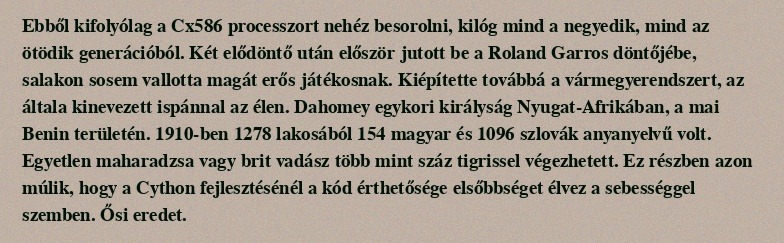
Ebből kifolyólag a Cx586 processzort nehéz besorolni, kilóg mind a negyedik, mind az ötödik generációból. Két elődöntő után először jutott be a Roland Garros döntőjébe, salakon sosem vallotta magát erős játékosnak. Kiépítette továbbá a vármegyerendszert, az általa kinevezett ispánnal az élen. Dahomey egykori királyság Nyugat-Afrikában, a mai Benin területén. 1910-ben 1278 lakosából 154 magyar és 1096 szlovák anyanyelvű volt. Egyetlen maharadzsa vagy brit vadász több mint száz tigrissel végezhetett. Ez részben azon múlik, hogy a Cython fejlesztésénél a kód érthetősége elsőbbséget élvez a sebességgel szemben. Ősi eredet.